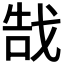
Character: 𫻵